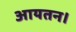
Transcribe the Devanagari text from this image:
आयतन।